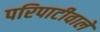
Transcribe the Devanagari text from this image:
परिपाटीवाले